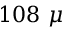
1 0 8 ~ \mu